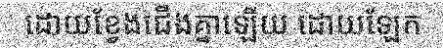
ដោយខ្វែងជើងគ្នាឡើយ ដោយឡែក